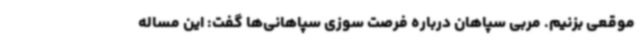
موقعی بزنیم. مربی سپاهان درباره فرصت سوزی سپاهانی‌ها گفت: این مساله